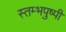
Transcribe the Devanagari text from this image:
स्तम्भपुष्पी